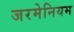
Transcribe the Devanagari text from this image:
जरमेनियम